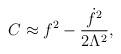
LaTeX: \begin{align*}C\approx f^2-\frac{{\dot f}^2}{2\Lambda^2},\end{align*}